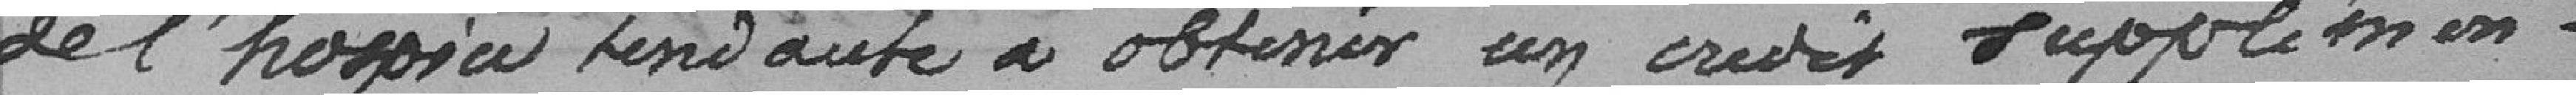
de l'hospice tendant à obtenir un crédit supplémen .